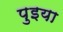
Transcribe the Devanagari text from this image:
पुइया